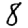
Digit: 8